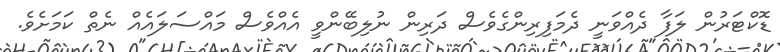
ޑޮކްޓަރުން ލަފާ ދެއްވަނީ ދެމަފިރިންގެވެސް ދަރިން ނުލިބޭންވީ އެއްވެސް މައްސަލައެއް ނެތް ކަމަށެވެ.